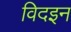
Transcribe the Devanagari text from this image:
विदइन